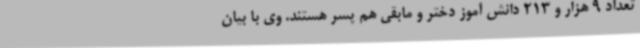
تعداد 9 هزار و 213 دانش آموز دختر و مابقی هم پسر هستند. وی با بیان